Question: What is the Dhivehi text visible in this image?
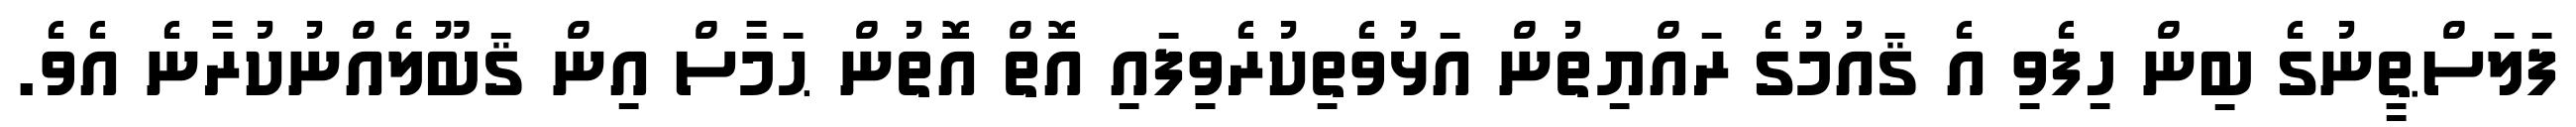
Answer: ފަލަސްޠީނުގެ ބިން ހިފެވި އެ ޤައުމުގެ ރައްޔިތުން އަޅުވެތިކުރެވިފައި އޮތް އޮތުން ޙަމާސް އިން ޤަބޫލެއްނުކުރާނެ އެވެ.